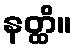
နတ္ထိ။